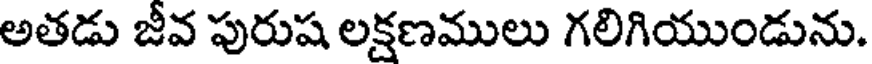
అతడు జీవ పురుష లక్షణములు గలిగియుండును.